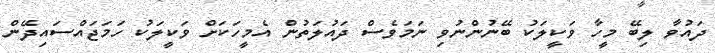
ދައުވާ ލިބޭ މީހާ ވަކީލަކު ބޭނުންނުވި ނަމަވެސް ދައުލަތުން އެމީހަކަށް ވަކީލަކު ހަމަޖައްސައިދޭން